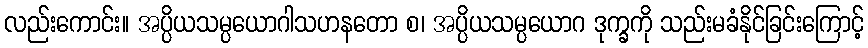
လည်းကောင်း။ အပ္ပိယသမ္ပယောဂါသဟနတော စ၊ အပ္ပိယသမ္ပယောဂ ဒုက္ခကို သည်းမခံနိုင်ခြင်းကြောင့်